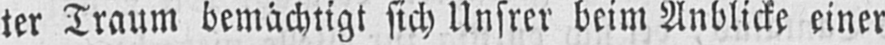
ter Traum bemächtigt sich Unsrer beim Anblicke einer